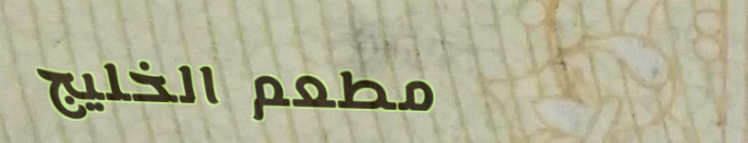
مطعم الخليج